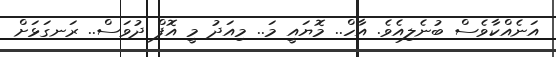
އަނެއްކާވެސް ބުނެލިއެވެ. އާހް.. މޮޔައީ މަ.. މިއަދު މީ އޮފް ދުވަސް.. ރަނގަޅަށް